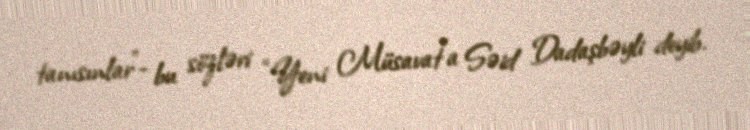
tanısınlar”- bu sözləri “Yeni Müsavat”a Səid Dadaşbəyli deyib.